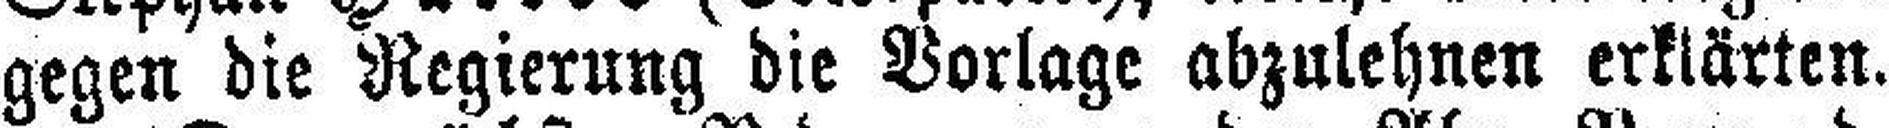
gegen die Regierung die Vorlage abzulehnen erklärten.